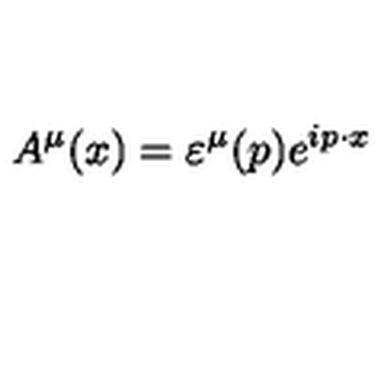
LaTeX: A ^ { \mu } ( x ) = \varepsilon ^ { \mu } ( p ) e ^ { i p \cdot x }